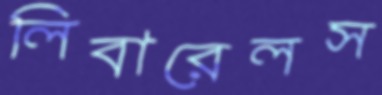
লিবারেলস